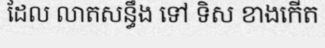
ដែល លាតសន្ធឹង ទៅ ទិស ខាងកើត